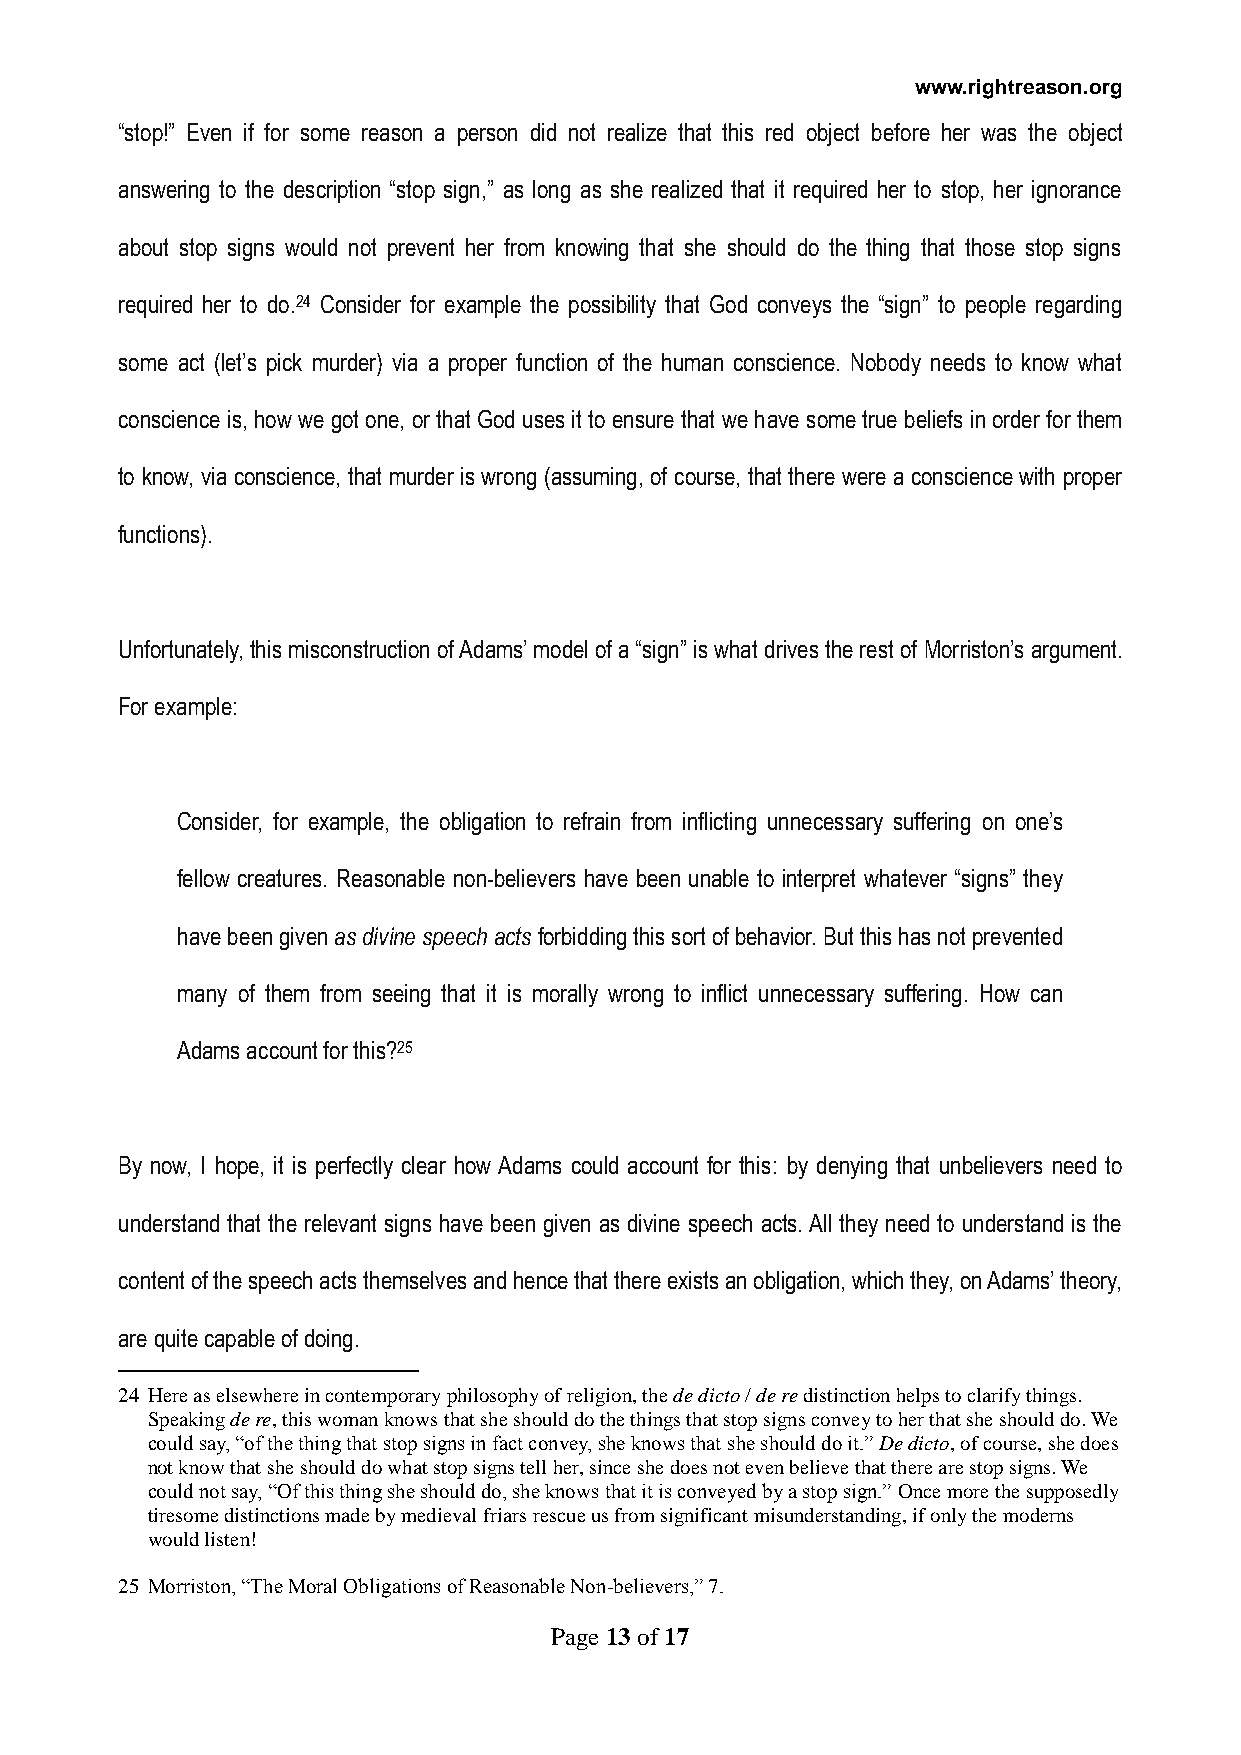
www.rightreason.org
 “stop!” Even if for some reason a person did not realize that this red object before her was the object
 answering to the description “stop sign,” as long as she realized that it required her to stop, her ignorance
 about stop signs would not prevent her from knowing that she should do the thing that those stop signs
 required her to do.24 Consider for example the possibility that God conveys the “sign” to people regarding
 some act (let’s pick murder) via a proper function of the human conscience. Nobody needs to know what
 conscience is, how we got one, or that God uses it to ensure that we have some true beliefs in order for them
 to know, via conscience, that murder is wrong (assuming, of course, that there were a conscience with proper
 functions).
 Unfortunately, this misconstruction of Adams’ model of a “sign” is what drives the rest of Morriston’s argument.
 For example:
 Consider, for example, the obligation to refrain from inflicting unnecessary suffering on one’s
 fellow creatures. Reasonable non-believers have been unable to interpret whatever “signs” they
 have been given as divine speech acts forbidding this sort of behavior. But this has not prevented
 many of them from seeing that it is morally wrong to inflict unnecessary suffering. How can
 Adams account for this?25
 By now, I hope, it is perfectly clear how Adams could account for this: by denying that unbelievers need to
 understand that the relevant signs have been given as divine speech acts. All they need to understand is the
 content of the speech acts themselves and hence that there exists an obligation, which they, on Adams’ theory,
 are quite capable of doing.
 24 Here as elsewhere in contemporary philosophy of religion, the de dicto / de re distinction helps to clarify things.
 Speaking de re, this woman knows that she should do the things that stop signs convey to her that she should do. We
 could say, “of the thing that stop signs in fact convey, she knows that she should do it.” De dicto, of course, she does
 not know that she should do what stop signs tell her, since she does not even believe that there are stop signs. We
 could not say, “Of this thing she should do, she knows that it is conveyed by a stop sign.” Once more the supposedly
 tiresome distinctions made by medieval friars rescue us from significant misunderstanding, if only the moderns
 would listen!
 25 Morriston, “The Moral Obligations of Reasonable Non-believers,” 7.
 Page 13 of 17